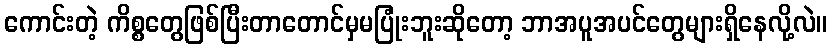
ကောင်းတဲ့ ကိစ္စတွေဖြစ်ပြီးတာတောင်မှမပြုံးဘူးဆိုတော့ ဘာအပူအပင်တွေများရှိနေလို့လဲ။